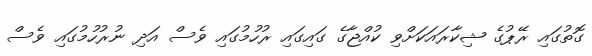
ގޮތުގައި ރޭޕުގެ ޝިކާރައަކަށްވި ކުއްޖާގެ ގައިގައި ރުހުމުގައި ވެސް އަދި ނުރުހުމުގައި ވެސް